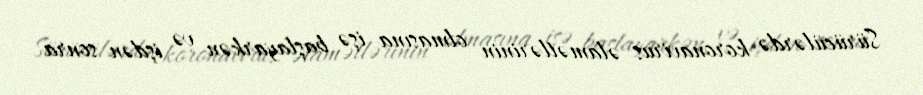
Sürücülərdə koronavirus əlamətlərinin olmasına işə başlayarkən və işdən sonra